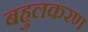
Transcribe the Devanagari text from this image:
बहुलकरण